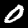
Digit: 0